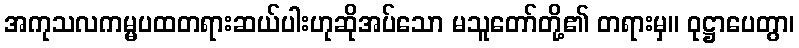
အကုသလကမ္မပထတရားဆယ်ပါးဟုဆိုအပ်သော မသူတော်တို့၏ တရားမှ။ ဝုဋ္ဌာပေတွာ၊